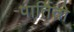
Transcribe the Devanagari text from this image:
पार्तितो